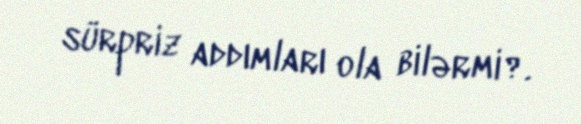
sürpriz addımları ola bilərmi?.